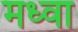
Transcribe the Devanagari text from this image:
मध्वा